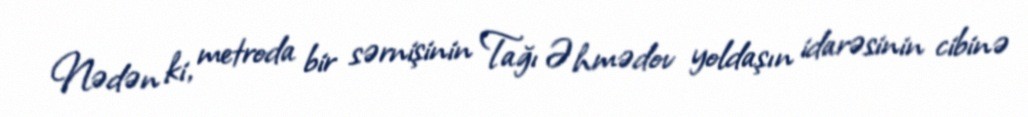
Nədən ki, metroda bir sərnişinin Tağı Əhmədov yoldaşın idarəsinin cibinə